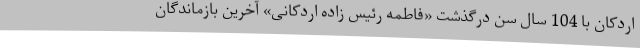
اردکان با 104 سال سن درگذشت «فاطمه رئیس زاده اردکانی» آخرین بازماندگان